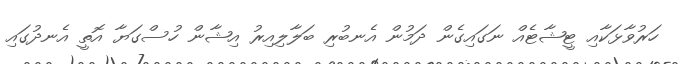
ހަރުވާޅަކާއި ޓީޝާޓެއް ނަގައިގެން ދަމުން އެނބުރި ބަލާލިއިރު އިޝާން ހުސްގަޔާ އޮތީ އެނދުގައި